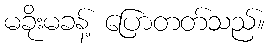
မခိုးမခန့် ပြောတတ်သည်။